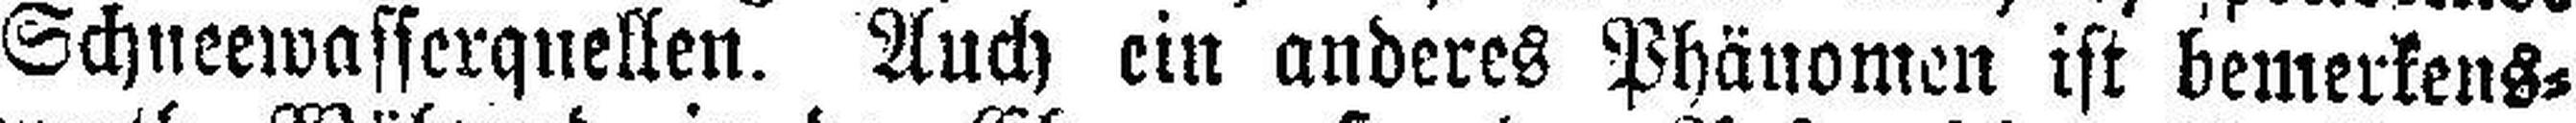
Schneewasserquellen. Auch ein anderes Phänomen ist bemerkens¬